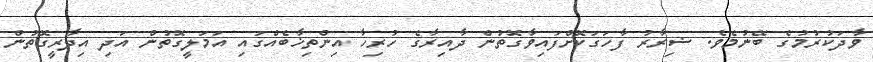
ވާދަކުރުމުގެ ބޭނުމެވެ. ޟިރާރު ފާހަގަކޮށްފައިވާގޮތުން ދާއިރާގެ ހުރިހާ އިންތިޚާބެއްގައި އަމަލީގޮތުން އަދި އިދާރީގޮތުން